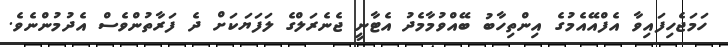
ހަމަޖެހިފައިވާ އެފްއޭއެމުގެ އިންތިހާބު ބޭއްވުމާމެދު އެޓާނީ ޖެނެރަލްގެ ލަފަޔަކަށް ދެ ފަރާތުންވެސް އެދުމުންނެވެ.